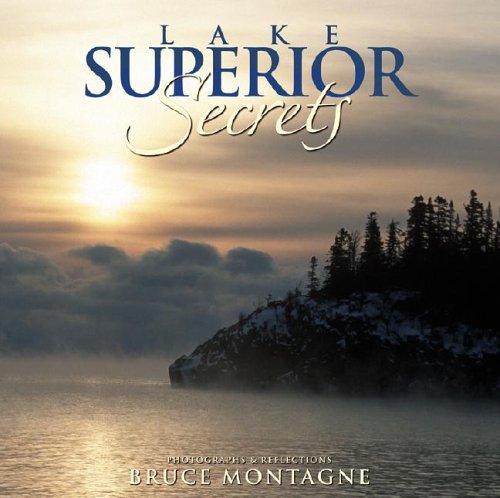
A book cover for Lake Superior Secrets: Photographs & Reflections; Travel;